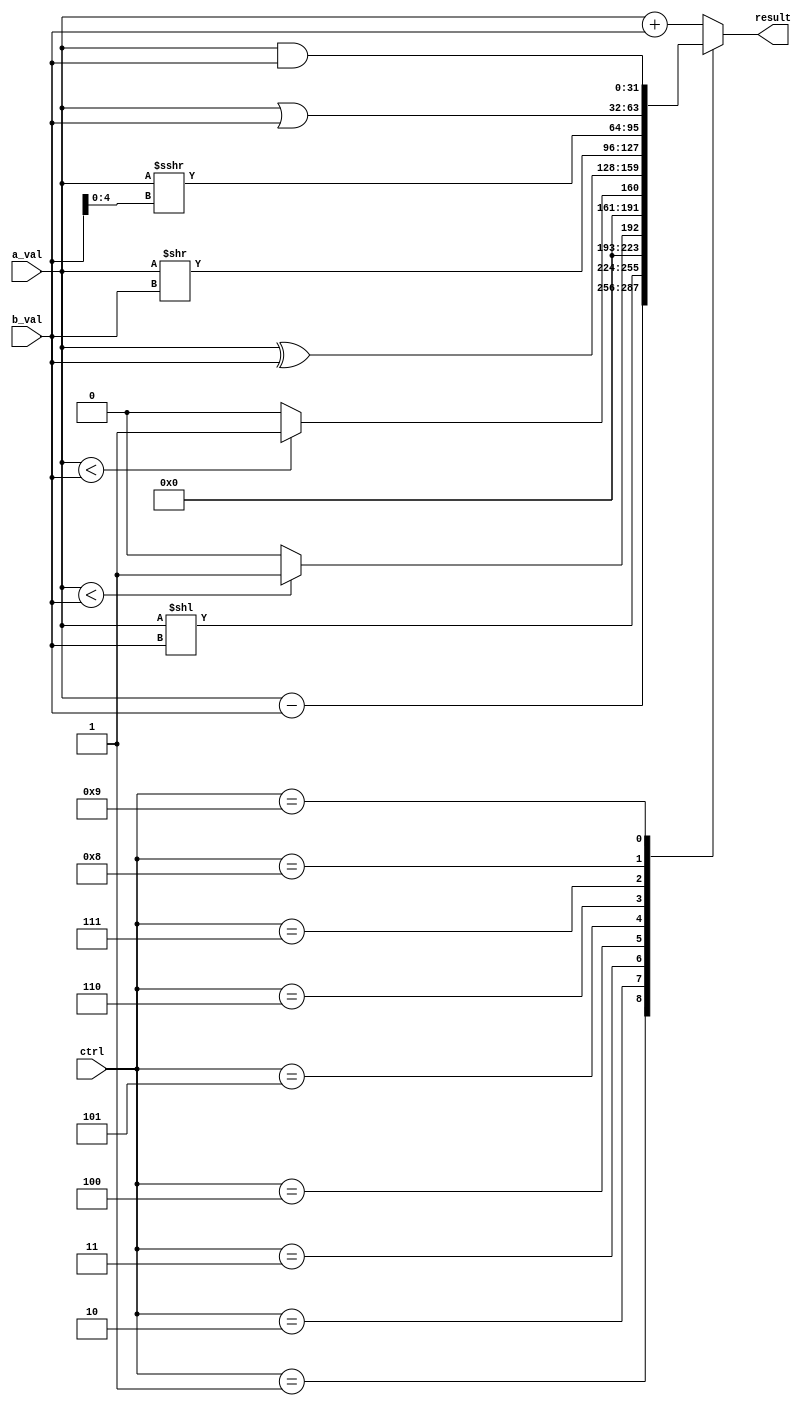
`timescale 1ns / 1ps
//////////////////////////////////////////////////////////////////////////////////
// Company: 
// Engineer: 
// 
// Design Name: 
// Module Name: Alu
// Project Name: 
// Target Devices: 
// Tool Versions: 
// Description: 
// 
// Dependencies: 
// 
// Revision:
// Revision 0.01 - File Created
// Additional Comments:
// 
//////////////////////////////////////////////////////////////////////////////////
module Alu(
    input [31:0] a_val,
    input [31:0] b_val,
    input [3:0] ctrl,
    output reg [31:0] result
    );
    always @(a_val or b_val or ctrl) begin
        case(ctrl)
            4'd0: result <= a_val + b_val;
            4'd1: result <= a_val - b_val;
            4'd2: result <= (a_val << b_val);
            4'd3: result <= ($signed(a_val) < $signed(b_val)) ? 1 : 0; //LT
            4'd4: result <= (a_val < b_val) ? 1 : 0; //LTU
            4'd5: result <= a_val ^ b_val;
            4'd6: result <= (a_val >> b_val);
            4'd7: result <= (($signed(a_val)) >>> b_val[4:0]); //
            4'd8: result <= a_val | b_val;
            4'd9: result <= a_val & b_val;
            default: result <= a_val + b_val;
        endcase
    end
endmodule